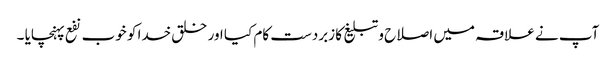
آپ نے علاقہ میں اصلاح و تبلیغ کا زبردست کام کیا اور خلق خدا کو خوب نفع پہنچایا ۔